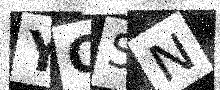
Text: YOSN